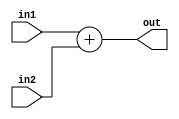
module adder(in1, in2, out);

    input [31:0] in1, in2;
    output [31:0] out;

    assign out = in1 + in2;

endmodule